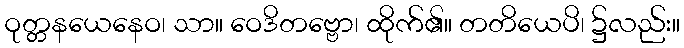
ဝုတ္တနယေနေဝ၊ သာ။ ဝေဒိတဗ္ဗော၊ ထိုက်၏။ တတိယေပိ၊ ၌လည်း။